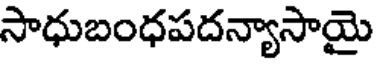
సాధుబంధపదన్యాసాయై